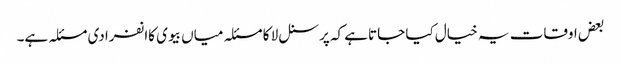
بعض اوقات یہ خیال کیا جاتاہے کہ پرسنل لا کا مسئلہ میاں بیوی کاانفرادی مسئلہ ہے۔